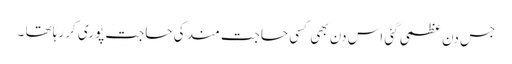
جس دن عظمی گئی اس دن بھی کسی حاجت مند کی حاجت پوری کر رہا تھا ۔